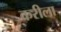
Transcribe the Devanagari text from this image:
करीला